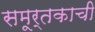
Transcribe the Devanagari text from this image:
समूर्तकाची